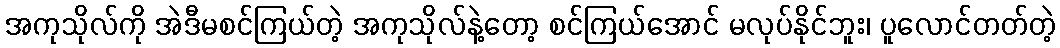
အကုသိုလ်ကို အဲဒီမစင်ကြယ်တဲ့ အကုသိုလ်နဲ့တော့ စင်ကြယ်အောင် မလုပ်နိုင်ဘူး၊ ပူလောင်တတ်တဲ့